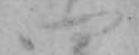
四